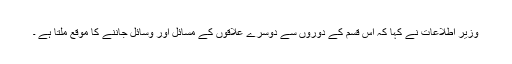
وزیر اطلاعات نے کہا کہ اس قسم کے دوروں سے دوسرے علاقوں کے مسائل اور وسائل جاننے کا موقع ملتا ہے ۔